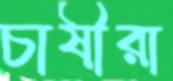
চাষীরা